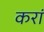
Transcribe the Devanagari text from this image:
करां